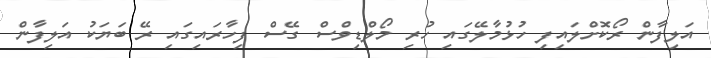
އަލިފާން ރޯކޮށްލައިފި ހުޅުމާލޭގައި ހުރި މޯލްޑިވްސް ގޭސް ފިހާރައިގައި ރޭ ބަޔަކު އަލިފާން